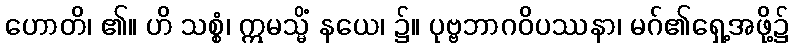
ဟောတိ၊ ၏။ ဟိ သစ္စံ၊ ဣမသ္မိံ နယေ၊ ၌။ ပုဗ္ဗဘာဂဝိပဿနာ၊ မဂ်၏ရှေ့အဖို့၌